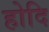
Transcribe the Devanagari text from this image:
होदि